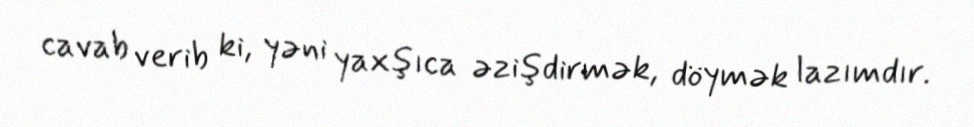
cavab verib ki, yəni yaxşıca əzişdirmək, döymək lazımdır.